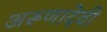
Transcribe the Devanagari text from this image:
अरूणादेवी